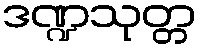
ဒဏ္ဍသုတ္တ